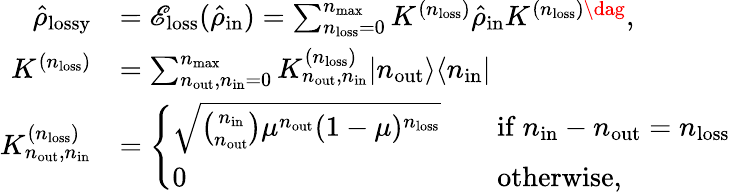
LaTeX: \begin{array}{rl}{\hat{\rho}_{\mathrm{lossy}}}&{=\mathscr{E}_{\mathrm{loss}}(\hat{\rho}_{\mathrm{in}})=\sum_{n_{\mathrm{loss}}=0}^{n_{\mathrm{max}}}K^{(n_{\mathrm{loss}})}\hat{\rho}_{\mathrm{in}}K^{(n_{\mathrm{loss}})\dag},}\\ {K^{(n_{\mathrm{loss}})}}&{=\sum_{n_{\mathrm{out}},n_{\mathrm{in}}=0}^{n_{\mathrm{max}}}K_{n_{\mathrm{out}},n_{\mathrm{in}}}^{(n_{\mathrm{loss}})}\vert n_{\mathrm{out}}\rangle\langle n_{\mathrm{in}}\vert}\\ {K_{n_{\mathrm{out}},n_{\mathrm{in}}}^{(n_{\mathrm{loss}})}}&{=\left\{ \begin{array}{ll}{\sqrt{\binom{n_{\mathrm{in}}}{n_{\mathrm{out}}}\mu^{n_{\mathrm{out}}}(1-\mu)^{n_{\mathrm{loss}}}}}&{\quad\mathrm{if~}n_{\mathrm{in}}-n_{\mathrm{out}}=n_{\mathrm{loss}}}\\ {0}&{\quad\mathrm{otherwise},}\end{array}\right.}\end{array}